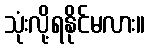
သုံးလို့ရနိုင်မလား။